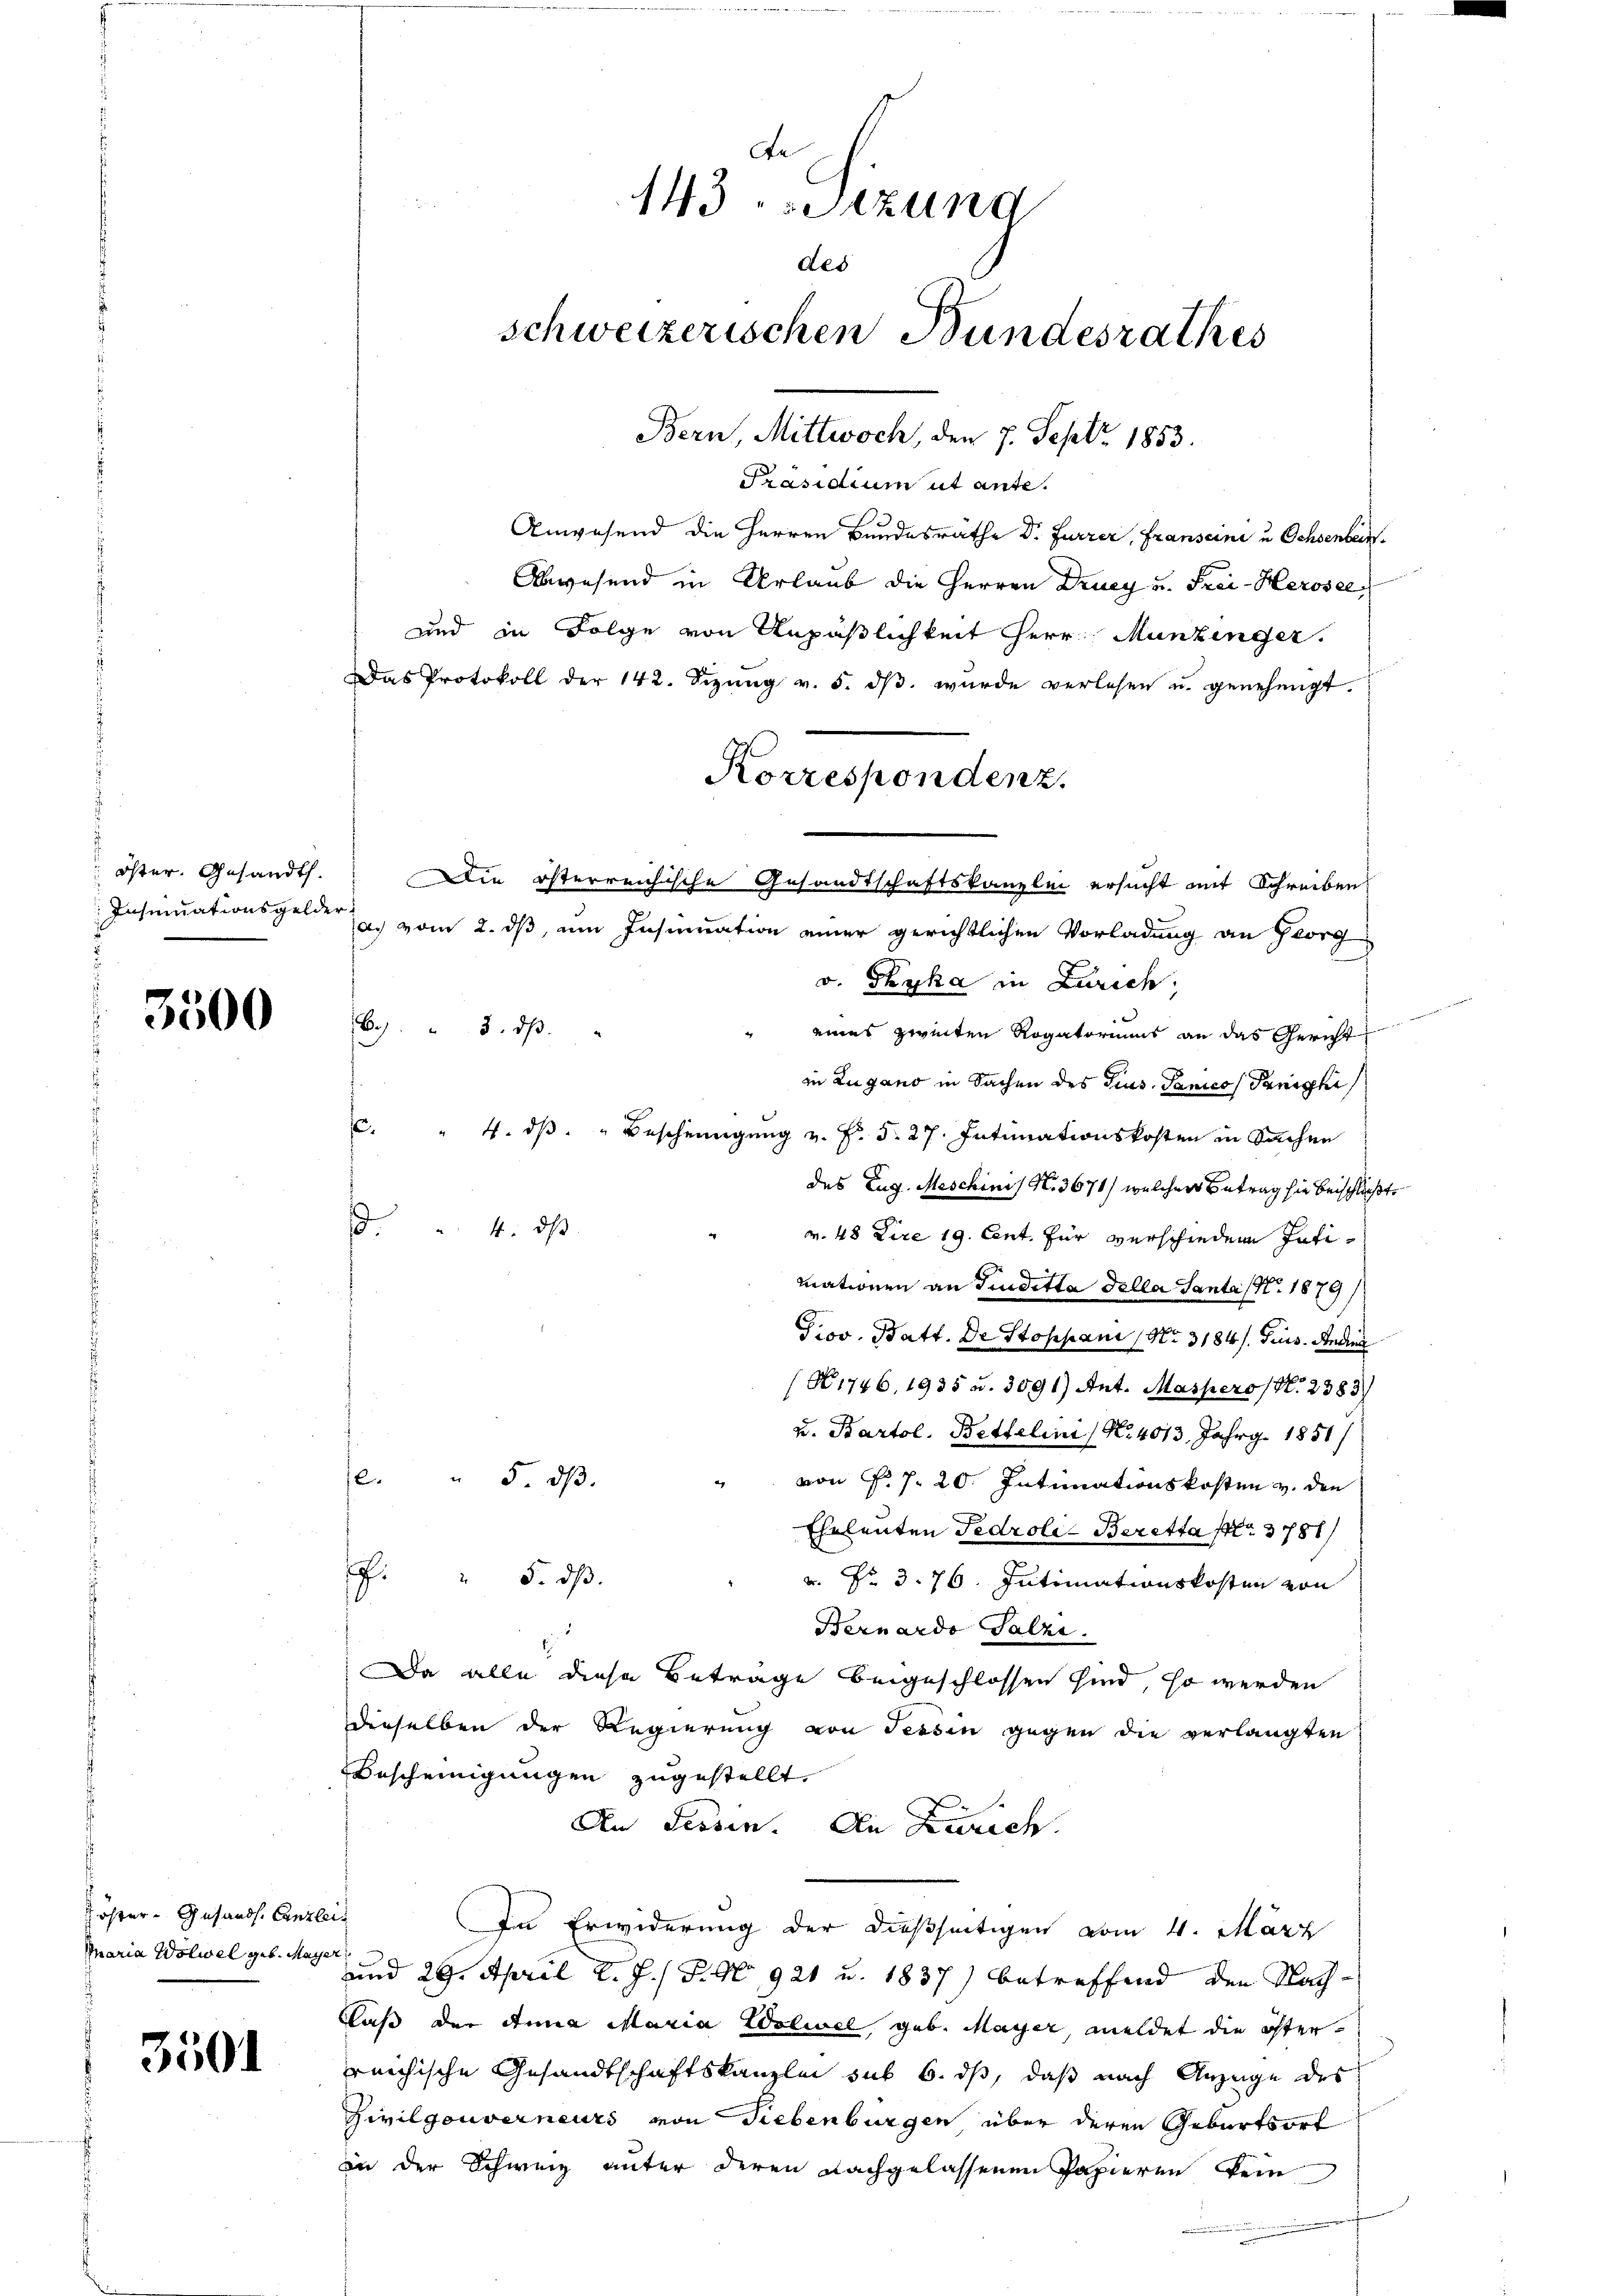
Öster. Gesandt.

3500

Köster - Gesandt. Canzle
Maria Wolwel geb. Maÿe

3501

De
143 setzung
des
schweizerischen Bundesrathes
Bern, Mittwoch, den 7. Sept. 1853.

Präsidium ut ante.
Anwesend die Herren Bundesräthe Dr. Furrer, Franscini u Ochsenbeck.
Abwesend in Urlaub die Herren Drucy u. Frei-Herosel
und in Folge von Anpäßlichkeit Herr Munzinger.
Das Protokoll der 142. Sizŭng v. 5. dβ. wŭrde verlesen u. genehmigt.
Insinuationsgelder, vom 2. ds, um Insinuation einer gerichtlichen Vorladung an Georg
v. Thyka in Zürich;
B.) " 3. dβ
eines zweiten Rogatoriums an das Gericht
in Lugano in Sachen des Grus. Janicos Panicki
c. " 4. dβ. " Bescheinigŭng v. P. 5. 27. Intimationskosten in Sachen
des Zug. Meschinis N. 3671/ welcher Betrag sie beschließt,
" 4. dβ
v. 48 Zire 19. Cent. für verschiedene Intimationen an Truditta della Santa No. 1879/
Prov. Batt. De Stoppani (Nr. 3184/ Juis. Redin
(N 1746. 1935 u. 3091) Ant. Maspero (N. 2383)
v. Bartol. Bettelini No 4013 Jahrg. 1851/
e. " 5. dβ.
von No. 7. 20. Intimationskosten v. den
Eheleuten Fedroli- Beretta No. 3781/
f " 5. dβ.
v. Fr. 3. 76. Intimationskosten von
Bernardo Talzi
Da alle diese Betrage beigeschlossen sind, so werden
dieselben der Regierung von Tessin gegen die verlangten
Bescheinigungen zugestellt.
An Sessen. An Zürich.
if
In Erwiderung der dießseitigen vom 4. März
24 x
und 29. April l. J. P. No. 921 u. 1837) betreffend den Nach-
Claß der Anna Maria Woliel, geb. Mayer, meldet die österreichische Gesandtschaftskanzlei sub 6. ds, daß nach Anzuge des
Zivilgouverneurs von Liebenburgen über deren Geburtsort
in der Schweiz unter deren Nachgelassenen Papieren kein

Korrespondenz.
Die österreichische Gesandtschaftskanzlei ersucht mit Schreiben